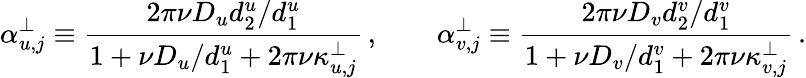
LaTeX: \alpha_{u,j}^{\perp}\equiv\frac{2\pi\nu D_{u}{d_{2}^{u}/d_{1}^{u}}}{1+{\nu D_{u}/d_{1}^{u}}+2\pi\nu\kappa_{u,j}^{\perp}}\, ,\qquad\alpha_{v,j}^{\perp}\equiv\frac{2\pi\nu D_{v}{d_{2}^{v}/d_{1}^{v}}}{1+{\nu D_{v}/d_{1}^{v}}+2\pi\nu\kappa_{v,j}^{\perp}}\, .